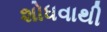
શોધવાથી